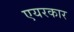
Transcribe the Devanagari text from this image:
एयरकार